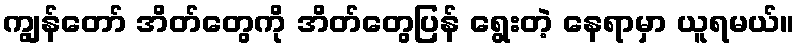
ကျွန်တော် အိတ်တွေကို အိတ်တွေပြန် ရွေးတဲ့ နေရာမှာ ယူရမယ်။